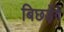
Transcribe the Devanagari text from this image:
बिछड़ेंगे